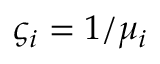
\varsigma _ { i } = 1 / \mu _ { i }